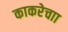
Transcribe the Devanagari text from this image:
काकरेचाा